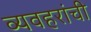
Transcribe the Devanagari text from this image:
व्यवहरांची